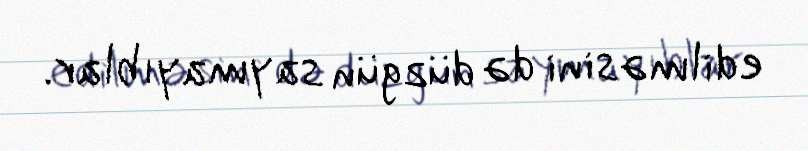
edilməsini də düzgün saymayıblar.